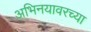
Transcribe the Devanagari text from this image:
अभिनयावरच्या